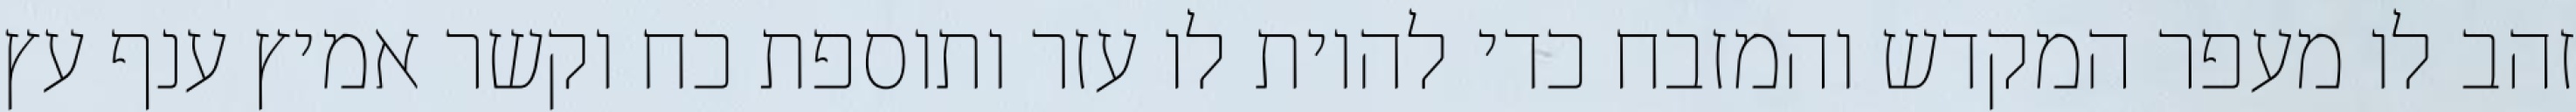
זהב לו מעפר המקדש והמזבח כדי להיות לו עזר ותוספת כח וקשר אמיץ ענף עץ